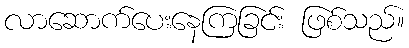
လာဆောက်ပေးနေကြခြင်း ဖြစ်သည်။